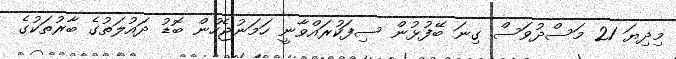
މިދިޔަ 21 މަސްދުވަސް ގިނަ ބޭފުޅުން ސިފަކުރައްވާނީ ހަމަނުޖެހުން ބޮޑު ދައުލަތުގެ ބާރުތަކުގެ